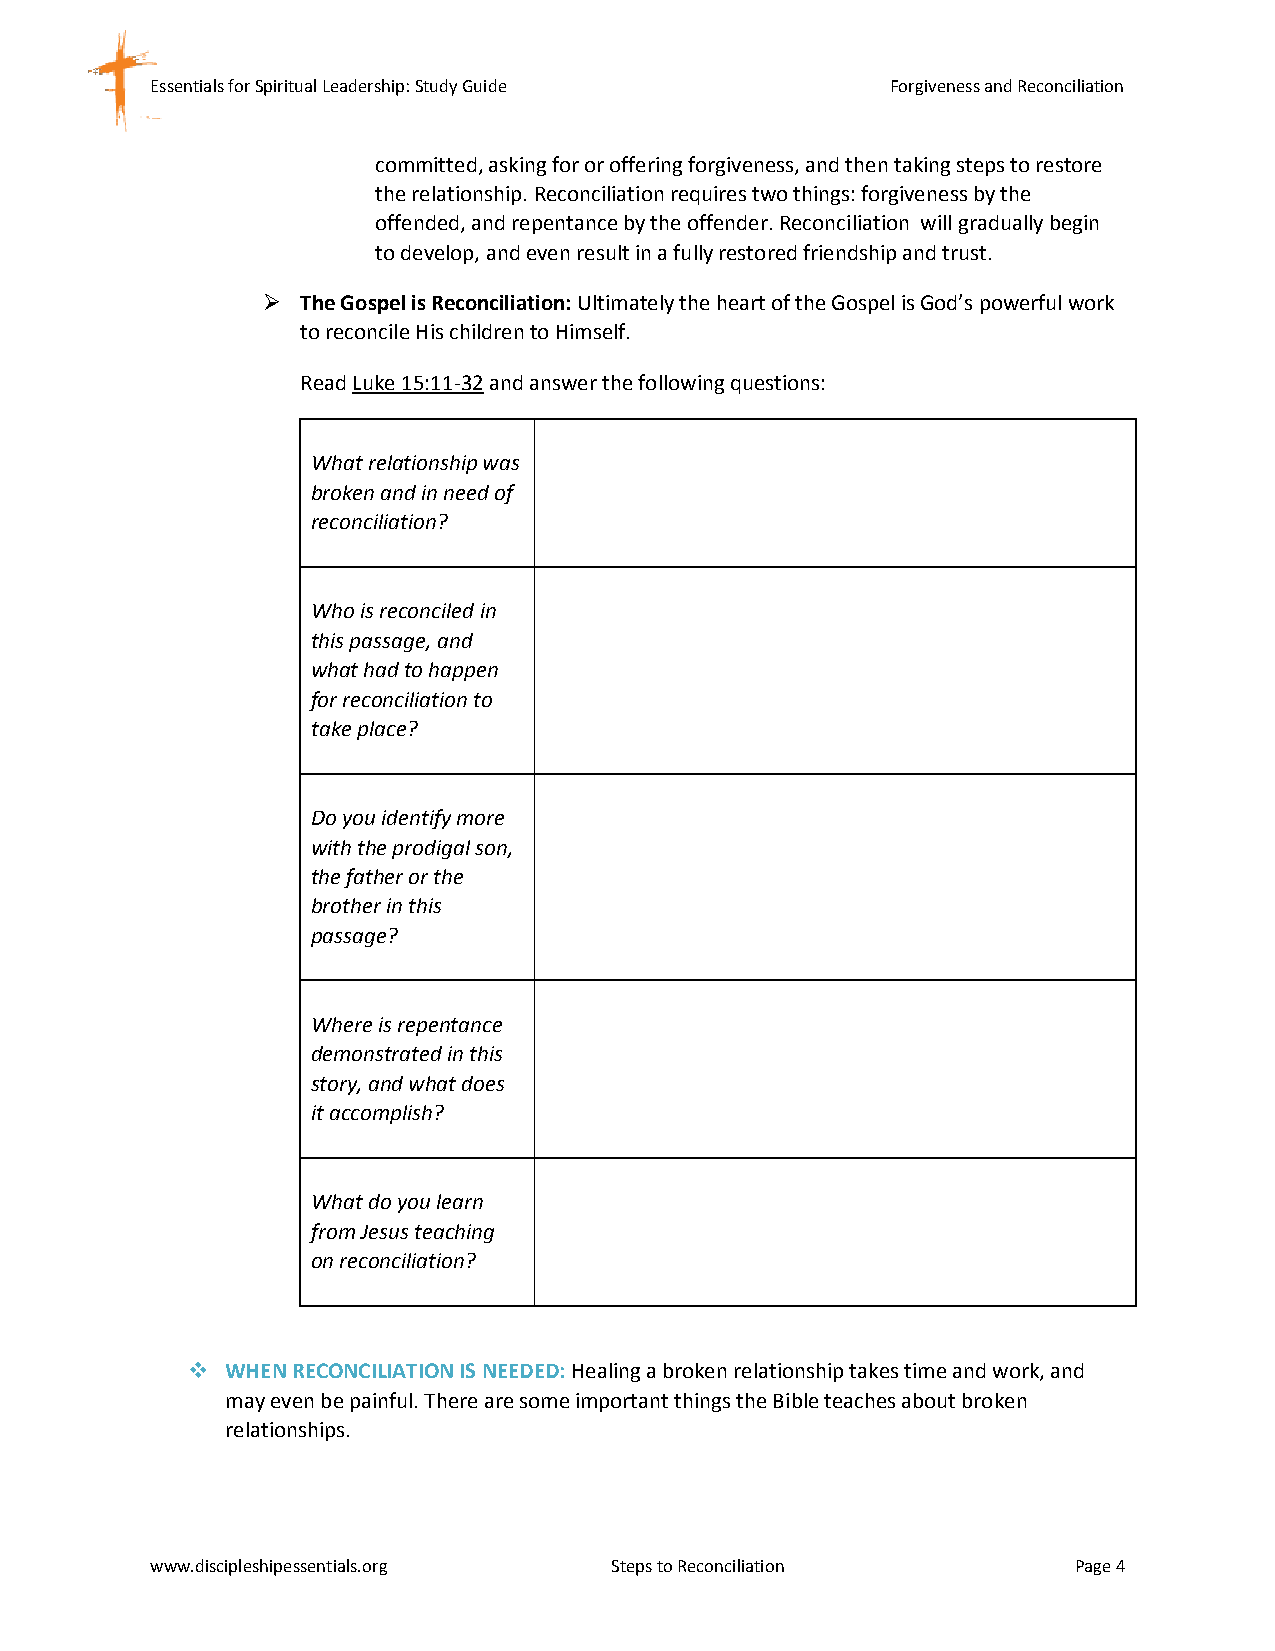
Essentials for Spiritual Leadership: Study Guide Forgiveness and Reconciliation
 committed, asking for or offering forgiveness, and then taking steps to restore
 the relationship. Reconciliation requires two things: forgiveness by the
 offended, and repentance by the offender. Reconciliation will gradually begin
 to develop, and even result in a fully restored friendship and trust.
   The Gospel is Reconciliation: Ultimately the heart of the Gospel is God’s powerful work
 to reconcile His children to Himself.
 Read Luke 15:11-32 and answer the following questions:
 What relationship was
 broken and in need of
 reconciliation?
 Who is reconciled in
 this passage, and
 what had to happen
 for reconciliation to
 take place?
 Do you identify more
 with the prodigal son,
 the father or the
 brother in this
 passage?
 Where is repentance
 demonstrated in this
 story, and what does
 it accomplish?
 What do you learn
 from Jesus teaching
 on reconciliation?
   WHEN RECONCILIATION IS NEEDED: Healing a broken relationship takes time and work, and
 may even be painful. There are some important things the Bible teaches about broken
 relationships.
 www.discipleshipessentials.org Steps to Reconciliation       Page 4